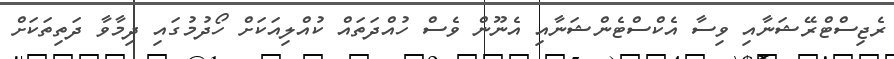
ރެޖިސްޓްރޭޝަނާއި ވިސާ އެކްސްޓެންޝަނާއި އެނޫން ވެސް ހުއްދަތައް ކުއްލިއަކަށް ހޯދުމުގައި ދިމާވާ ދަތިތަކަށް